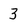
Character: 3